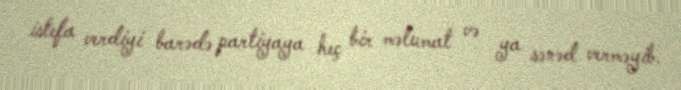
istefa verdiyi barədə partiyaya heç bir məlumat və ya sənəd verməyib.